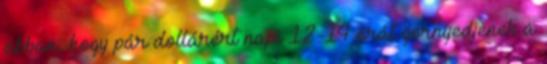
abban, hogy pár dollárért napi 12-14 órát görnyedjenek a